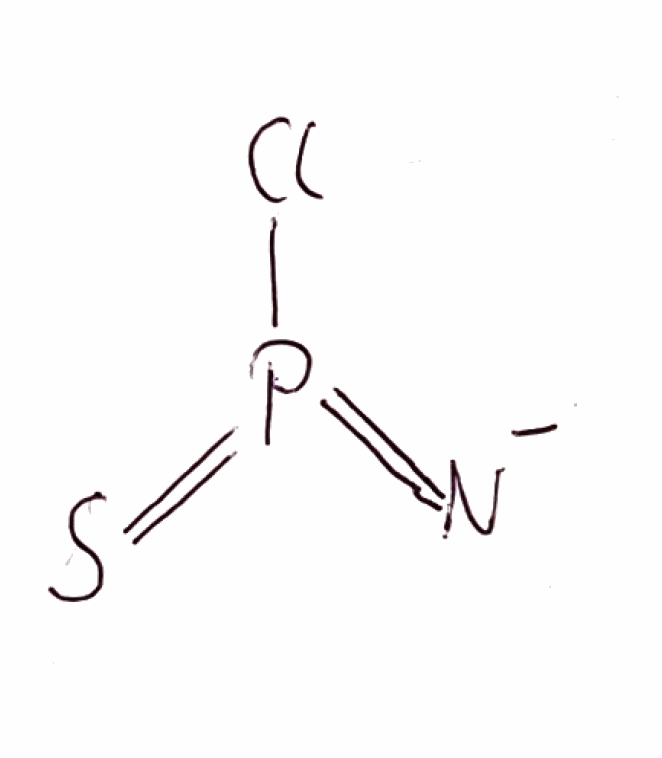
Simplified molecular-input line-entry system (SMILES) notation of the given molecule:
[N-]=P(=S)Cl